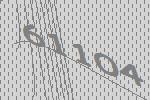
61104